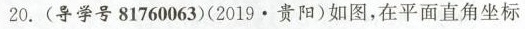
20.(导学号81760063)(2019·贵阳)如图，在平面直角坐标